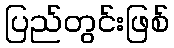
ပြည်တွင်းဖြစ်